Vaccination in Bombay 1856-1862 - 1856-1862
Year: 1856
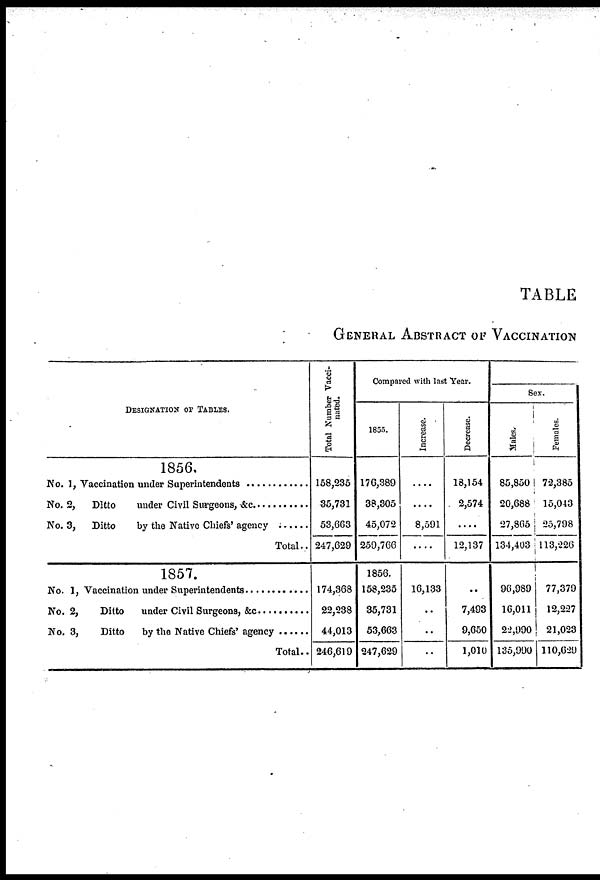
TABLE
GENERAL ABSTRACT OF VACCINATION
DESIGNATION OF TABLES.
1856.
No. 1, Vaccination under Superintendents .............
No. 2, Ditto under Civil Surgeons, &c. .............
No. 3, Ditto by the Native Chiefs' agency .........
Total..
1857.
No. 1, Vaccination under Superintendents .............
No. 2, Ditto under Civil Surgeons, &c. .............
No. 3, Ditto by the Native Chiefs' agency .........
Total..
Total Number Vacci-
nated.
158,235
35,731
53,663
247,629
174,368
22,238
44,013
246,619
Compared with last Year.
1855.
176,389
38,305
45,072
259,766
1856.
158,235
35,731
53,663
247,629
Increase.
....
....
8,591
....
16,133
..
..
..
Decrease.
18,154
2,574
....
12,137
..
7,493
9,650
1,010
Sex.
Males.
85,850
20,688
27,865
134,403
96,989
16,011
22,990
135,990
Females.
72,385
15,043
25,798
113,226
77,379
12,227
21,023
110,629